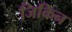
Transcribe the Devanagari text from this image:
जिकिन